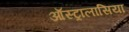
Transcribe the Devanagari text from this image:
ऑस्ट्रालासिया